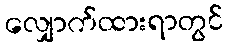
လျှောက်ထားရာတွင်